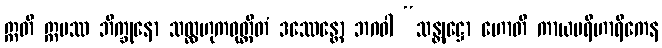
ဣတိ ဣမဿ ဘိက္ခုနော သလ္လဟုကဝုတ္တိတံ ဒဿေန္တော ဘဂဝါ “သန္တုဋ္ဌော ဟောတိ ကာယပရိဟာရိကေန